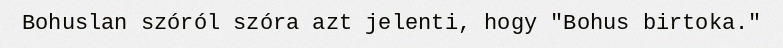
Bohuslan szóról szóra azt jelenti, hogy "Bohus birtoka."